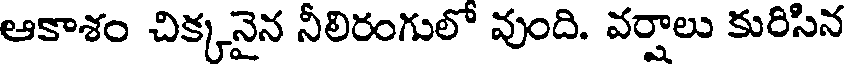
ఆకాశం చిక్కనైన నీలిరంగులో వుంది. వర్షాలు కురిసిన